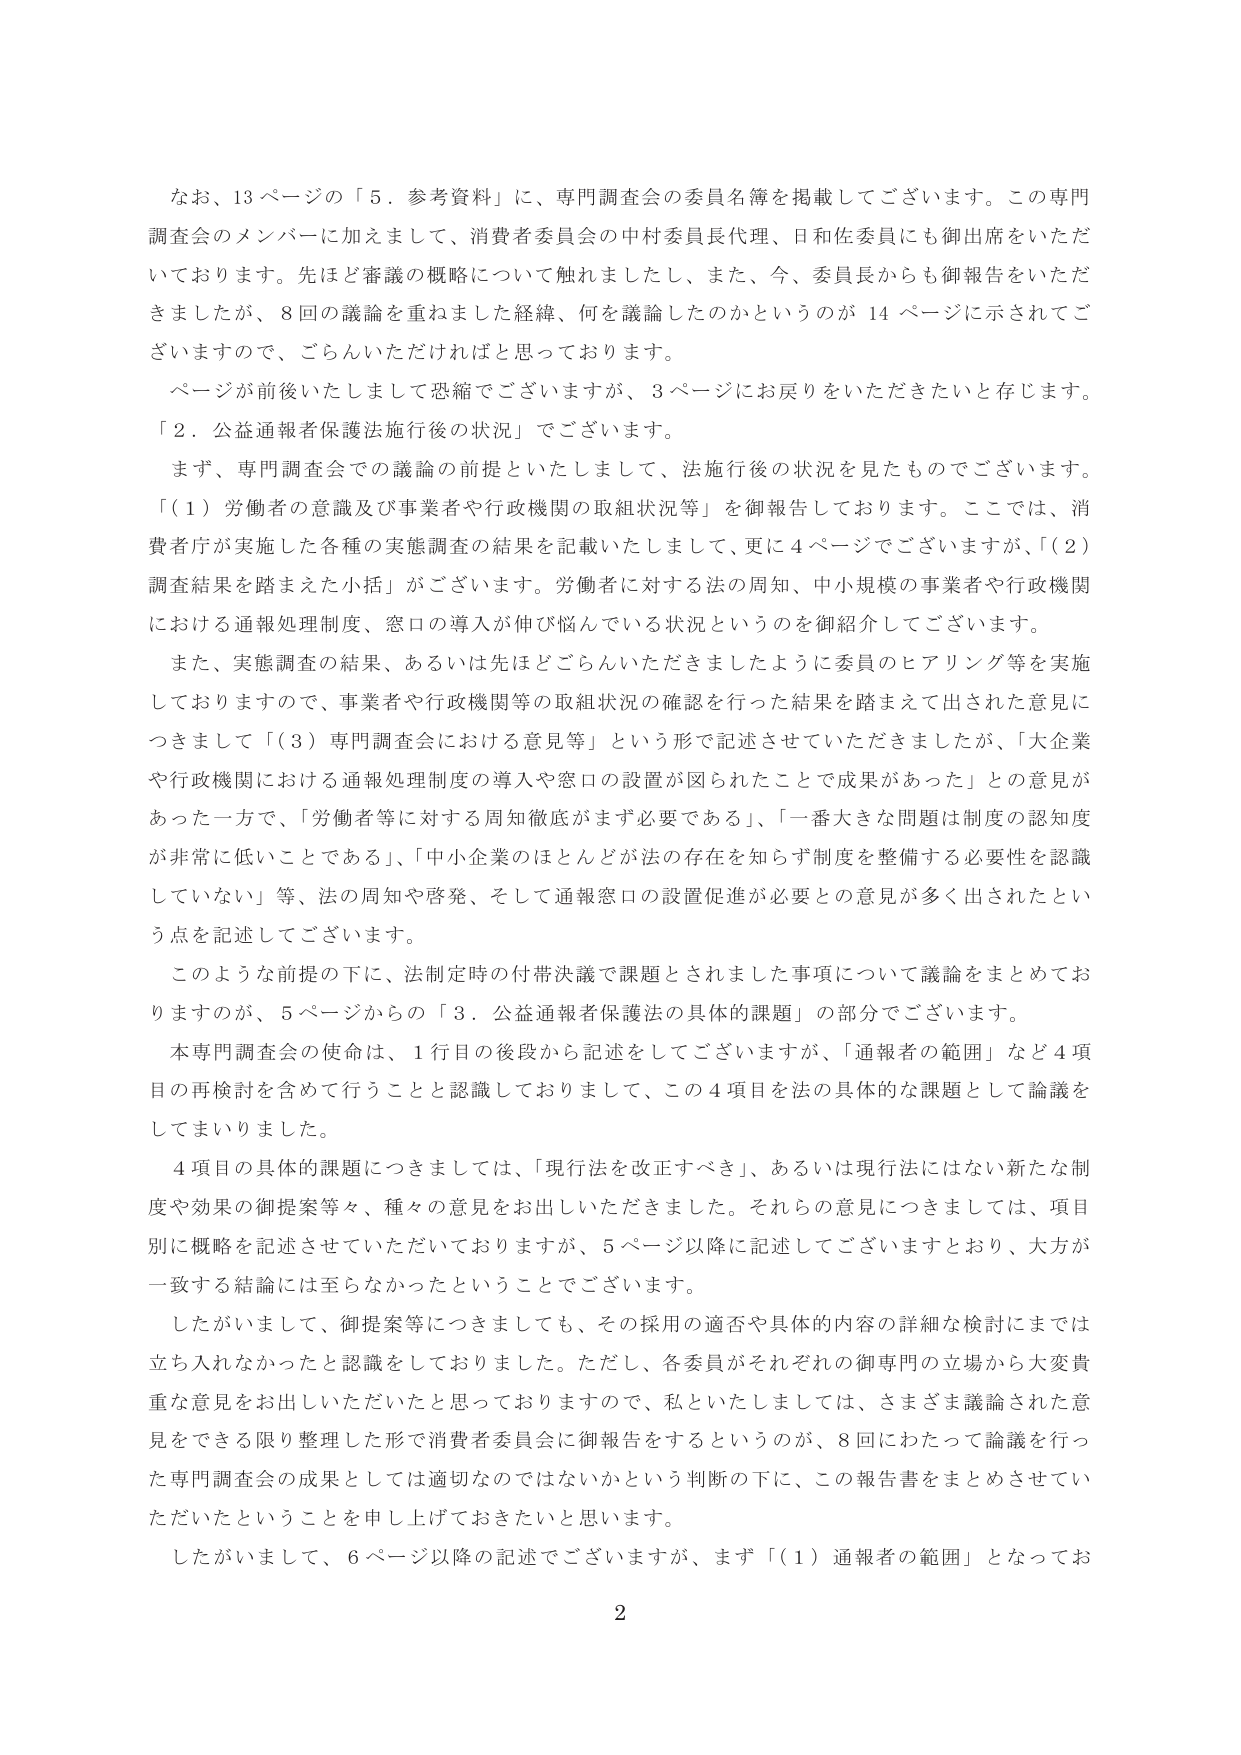
なお、13ページの「5．参考資料」に、専門調査会の委員名簿を掲載してございます。この専門調査会のメンバーに加えまして、消費者委員会の中村委員長代理、日和佐委員にも御出席をいただいております。先ほど審議の概略について触れましたし、また、今、委員長からも御報告をいただきましたが、8回の議論を重ねました経緯、何を議論したのかというのが14ページに示されてございますので、ごらんいただければと思っております。

ページが前後いたしまして恐縮でございますが、3ページにお戻りをいただきたいと存じます。「2．公益通報者保護法施行後の状況」でございます。

まず、専門調査会での議論の前提といたしまして、法施行後の状況を見たものでございます。「（1）労働者の意識及び事業者や行政機関の取組状況等」を御報告しております。ここでは、消費者庁が実施した各種の実態調査の結果を記載いたしまして、更に4ページでございますが、「（2）調査結果を踏まえた小括」がございます。労働者に対する法の周知、中小規模の事業者や行政機関における通報処理制度、窓口の導入が伸び悩んでいる状況というのを御紹介しております。

また、実態調査の結果、あるいは先ほどごらんいただきましたように委員のヒアリング等を実施しておりますので、事業者や行政機関等の取組状況の確認を行った結果を踏まえて出された意見につきまして「（3）専門調査会における意見等」という形で記述させていただきましたが、「大企業や行政機関における通報処理制度の導入や窓口の設置が図られたことで成果があった」との意見があった一方で、「労働者等に対する周知徹底がまず必要である」、「一番大きな問題は制度の認知度が非常に低いことである」、「中小企業のほとんどが法の存在を知らず制度を整備する必要性を認識していない」等、法の周知や啓発、そして通報窓口の設置促進が必要との意見が多く出されたという点を記述しております。

このような前提の下に、法制定時の付帯決議で課題とされました事項について議論をまとめておりますが、5ページからの「3．公益通報者保護法の具体的課題」の部分でございます。

本専門調査会の使命は、1行目の後段から記述をしてございますが、「通報者の範囲」など4項目の再検討を含めて行うことと認識しておりまして、この4項目を法の具体的な課題として論議をしてまいりました。

4項目の具体的課題につきましては、「現行法を改正すべき」、あるいは現行法にはない新たな制度や効果の御提案等々、種々の意見をお出しいただきました。それらの意見につきましては、項目別に概略を記述させていただいておりますが、5ページ以降に記述してございますとおり、大方が一致する結論には至らなかったということでございます。

したがいまして、御提案等につきましても、その採用の適否や具体的な内容の詳細な検討にまでは立ち入れなかったと認識をしております。ただし、各委員がそれぞれの御専門の立場から大変貴重な意見をお出しいただいたと思っておりますので、私といたしましては、さまざま議論された意見をできる限り整理した形で消費者委員会に御報告をするというのが、8回にわたって論議を行った専門調査会の成果としては適切なのではないかという判断の下に、この報告書をまとめさせていただいたということを申し上げておきたいと思います。

したがいまして、6ページ以降の記述でございますが、まず「（1）通報者の範囲」となってお

2